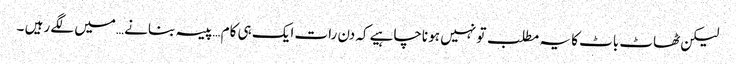
لیکن ٹھاٹ باٹ کا یہ مطلب تو نہیں ہو ناچاہیے کہ دن رات ایک ہی کام …پیسہ بنانے …میں لگے رہیں ۔